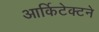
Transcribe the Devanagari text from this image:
आर्किटेक्‍टने